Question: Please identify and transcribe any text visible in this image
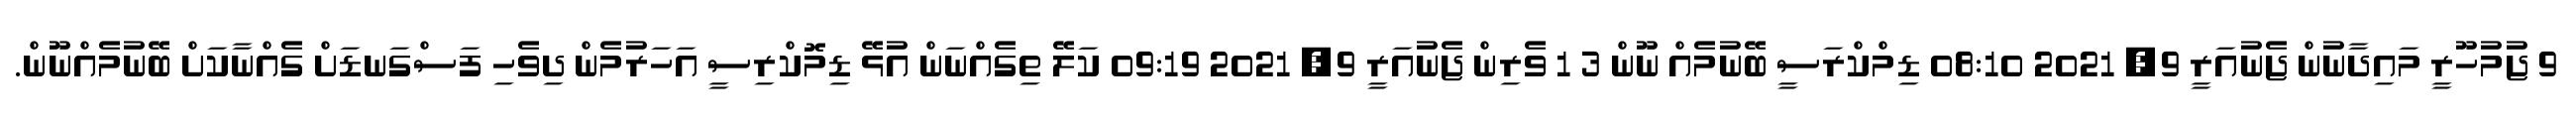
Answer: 9 ޖުމުހޫރީ މައިދާނުން ޖެނުއަރީ 9, 2021 08:10 ޑިމްކްރަސީ ބޭނުމެއް ނޫން 3 1 ވެރިން ޖެނުއަރީ 9, 2021 09:19 ކަލޭ ތިގެއްނަން އުޅޭ ޑިމޮކްރިސީ އަހަރުމެން ދިވެހި ފަސްގަނޑަށް ގެއްނާކަށް ބޭނުމެއްނޫން.